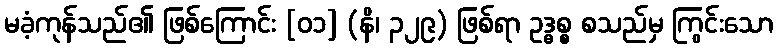
မခံ့ကုန်သည်၏ ဖြစ်ကြောင်း [၀၁] (နိ၊ ၃၂၉) ဖြစ်ရာ ဥဒ္ဓစ္စ စသည်မှ ကြွင်းသော